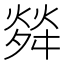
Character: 𤌠